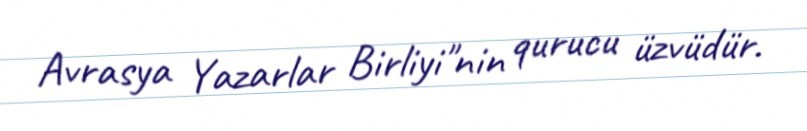
Avrasya Yazarlar Birliyi"nin qurucu üzvüdür.